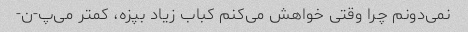
نمی‌دونم چرا وقتی خواهش می‌کنم کباب زیاد بپزه، کمتر می‌پ-ن-